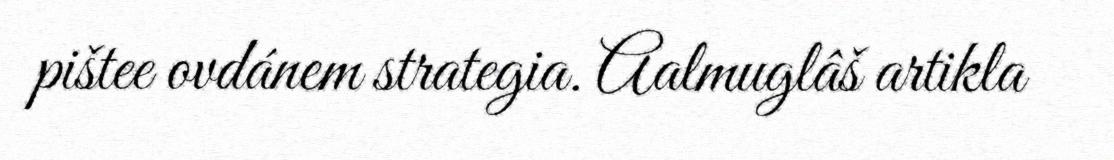
pištee ovdánem strategia. Aalmuglâš artikla